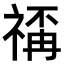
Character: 𥚳